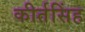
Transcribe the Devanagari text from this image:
कीर्तसिंह